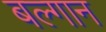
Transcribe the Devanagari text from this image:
बल्गान